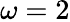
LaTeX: \omega=2